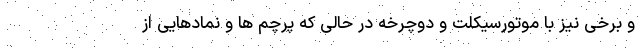
و برخی نیز با موتورسیکلت و دوچرخه در حالی که پرچم ها و نمادهایی از